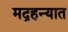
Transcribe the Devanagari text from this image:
मद्रहन्यात